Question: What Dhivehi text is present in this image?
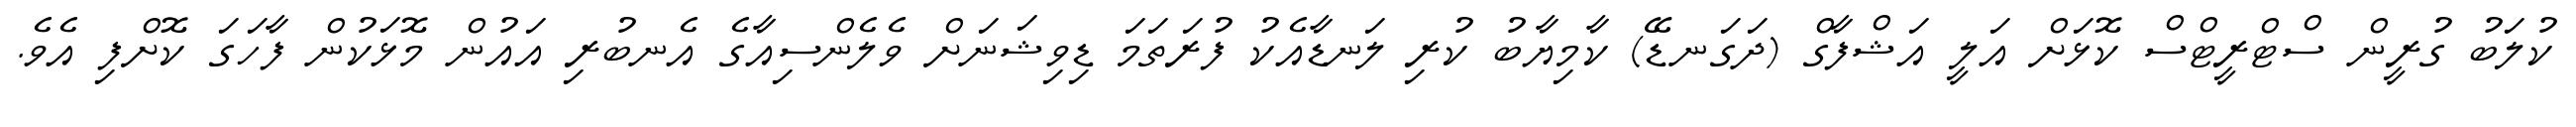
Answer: ކުލަބު ގުރީން ސްޓްރީޓްސް ކޮޅަށް އަލީ އަޝްފާގް (ދަގަނޑޭ) ކާމިޔާބު ކުރި ލަނޑާއެކު ފުރަތަމަ ޑިވިޝަނަށް ވެލެންސިއާގެ އެނބުރި އައުން މޮޅަކުން ފާހަގަ ކޮށްފި އެވެ.